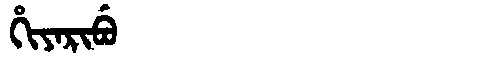
Manchu: ᡥᡳᠶᠠᡵᡳᠪᡠ
Romanization: HIYARIBU